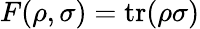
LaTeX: F(\rho,\sigma)=\operatorname{tr}(\rho\sigma)